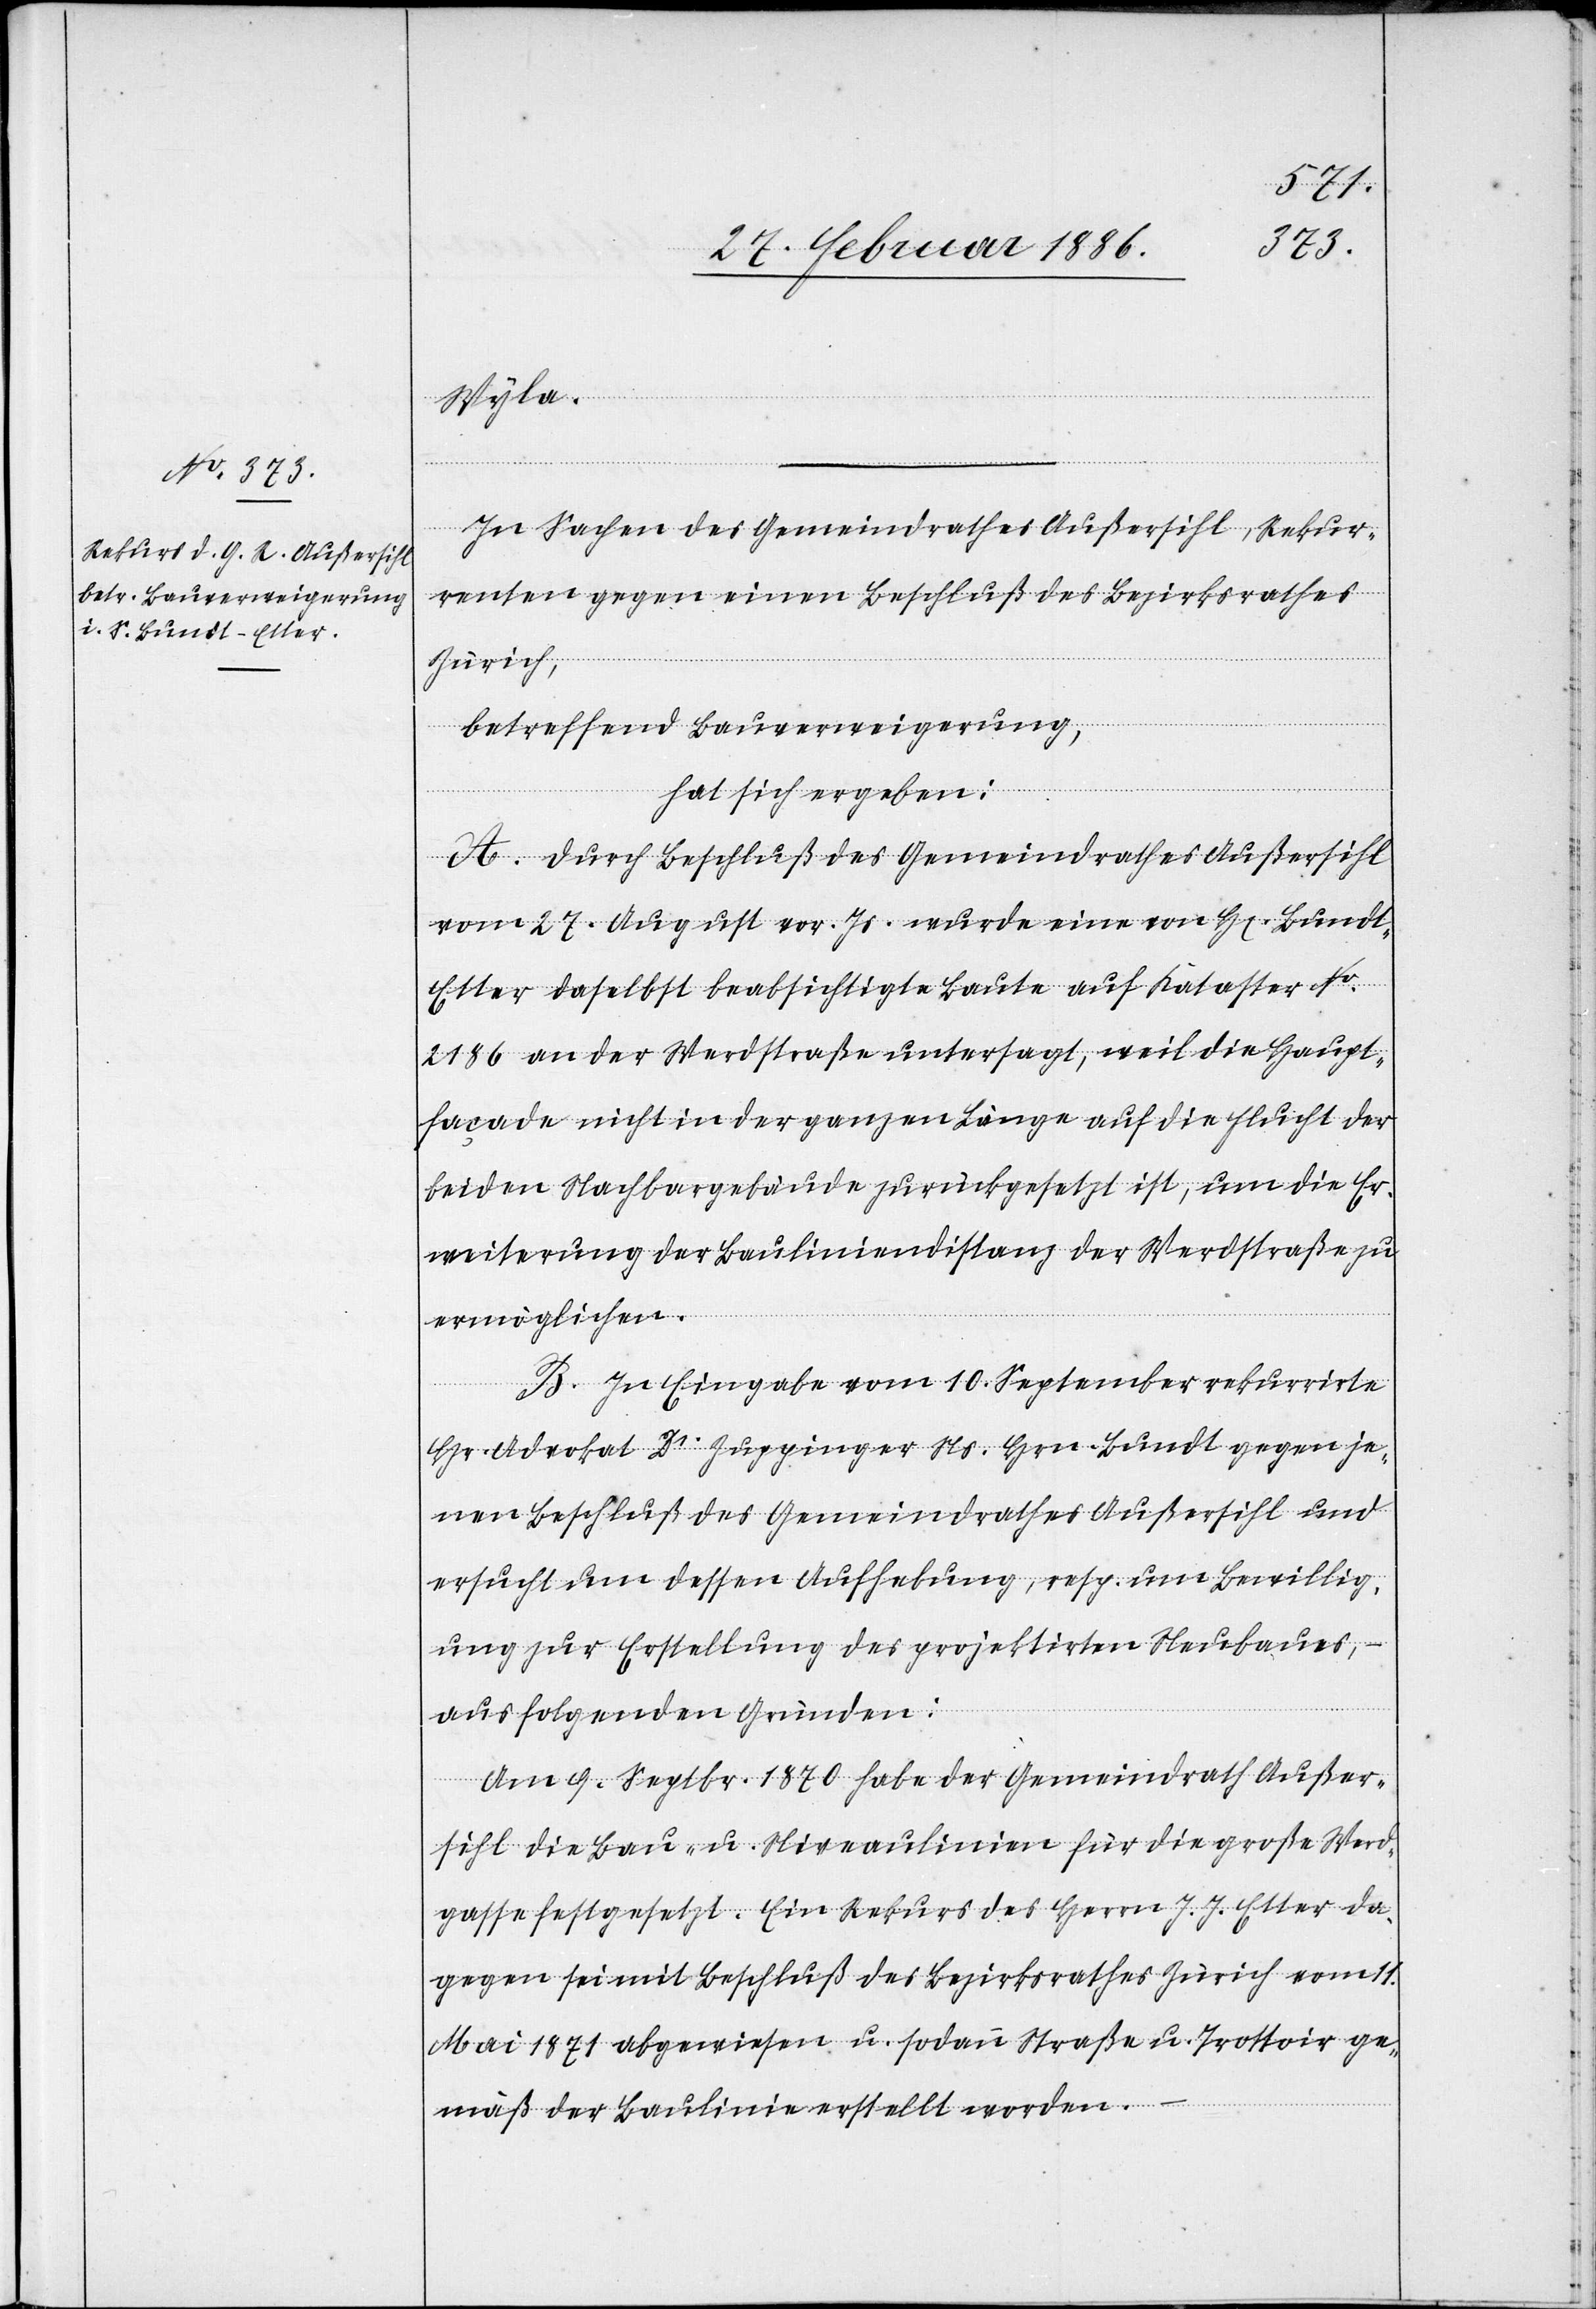
Wyla.